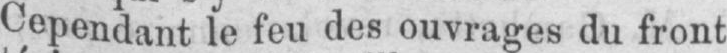
Cependant le feu des ouvrages du front